Mental hospitals Bombay report 1921-28 - 1921-1928
Year: 1921
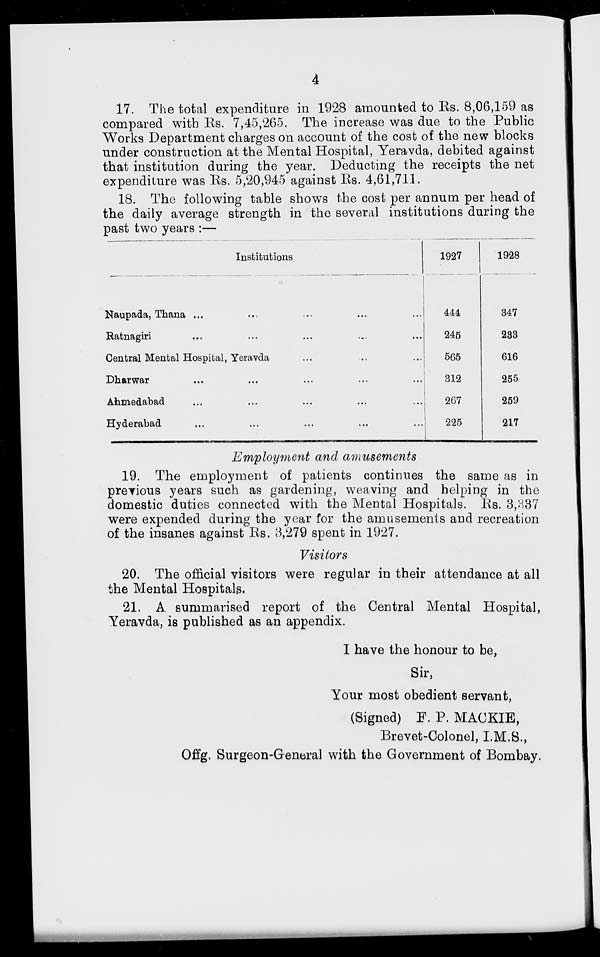
4
17. The total expenditure in 1928 amounted to Rs. 8,06,159 as
compared with Rs. 7,45,265. The increase was due to the Public
Works Department charges on account of the cost of the new blocks
under construction at the Mental Hospital, Yeravda, debited against
that institution during the year. Deducting the receipts the net
expenditure was Rs. 5,20,945 against Rs. 4,61,711.
18. The following table shows the cost per annum per head of
the daily average strength in the several institutions during the
past two years :—
Institutions
Naupada, Thana ... ... ... ...
Ratnagiri ... ... ... ...
Central Mental Hospital, Yeravda ... ... ...
Dharwar ... ... ... ...
Ahmedabad ... ... ... ...
Hyderabad ... ... ... ...
1927
444
245
565
312
267
225
1928
347
233
616
255
259
217
Employment and amusements
19. The employment of patients continues the same as in
previous years such as gardening, weaving and helping in the
domestic duties connected with the Mental Hospitals. Rs. 3,337
were expended during the year for the amusements and recreation
of the insanes against Rs. 3,279 spent in 1927.
Visitors
20. The official visitors were regular in their attendance at all
the Mental Hospitals.
21. A summarised report of the Central Mental Hospital,
Yeravda, is published as an appendix.
I have the honour to be,
Sir,
Your most obedient servant,
(Signed) F. P. MACKIE,
Brevet-Colonel, I.M.S.,
Offg. Surgeon-General with the Government of Bombay.